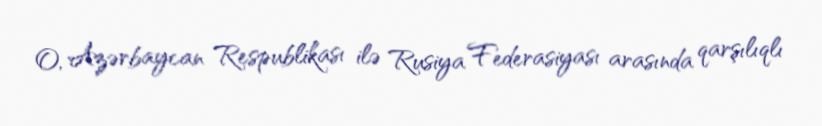
O, Azərbaycan Respublikası ilə Rusiya Federasiyası arasında qarşılıqlı